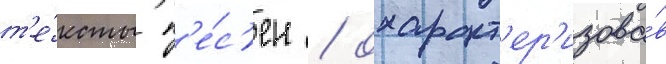
т'е́ксты п'е́с'ен / охаракт'ер'изова́в